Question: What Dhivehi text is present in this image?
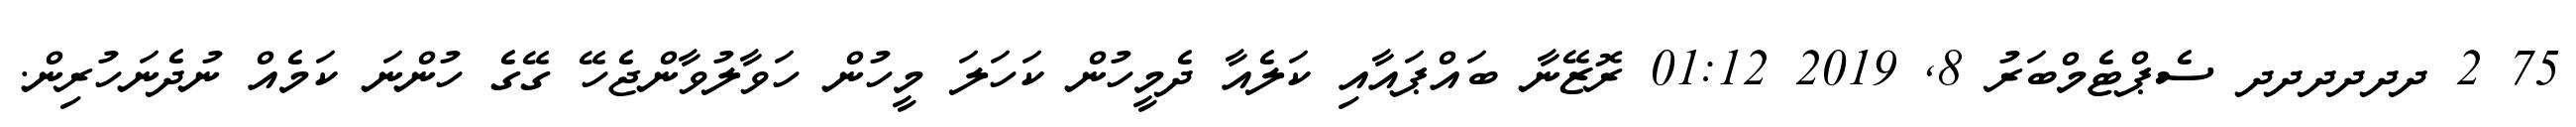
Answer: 75 2 ދދދދދދ ސެޕްޓެމްބަރު 8, 2019 01:12 ރޮޒޭނާ ބައްޕައާއި ކަލެއާ ދެމީހުން ކަހަލަ މީހުން ހަވާލުވާންޖެހޭ ގޭގެ ހުންނަ ކަމެއް ނުދެނަހުރިން.